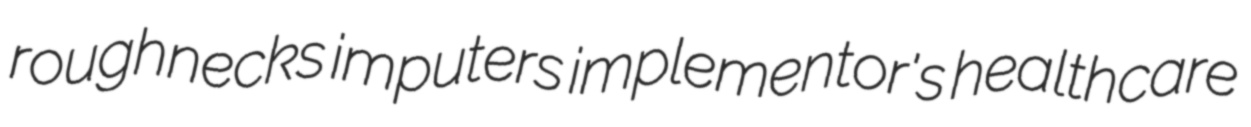
roughnecks imputers implementor's healthcare